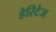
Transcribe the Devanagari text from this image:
हेरिटेज